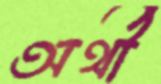
অর্থী